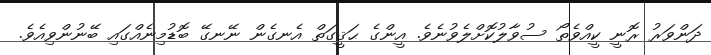
ދަންވަރު ރޮނީ ކީއްވެތޯ ސުވާލުކޮށްލެވުނެވެ. އީންގެ ޙަޤީގަތް އެނގެން ނޭނގޭ ބޮޑުމިނެއްގައި ބޭނުންވިއެވެ.